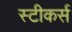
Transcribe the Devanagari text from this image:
स्टीकर्स